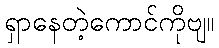
ရှာနေတဲ့ကောင်ကိုဗျ။